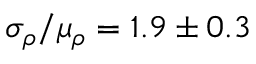
\sigma _ { \rho } / \mu _ { \rho } = 1 . 9 \pm 0 . 3 \